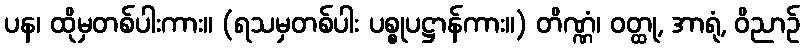
ပန၊ ထိုမှတစ်ပါးကား။ (ရသမှတစ်ပါး ပစ္စုပဋ္ဌာန်ကား။) တိဏ္ဏံ၊ ဝတ္ထု, အာရုံ, ဝိညာဉ်